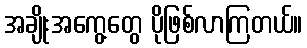
အချိုးအကွေ့တွေ ပိုဖြစ်လာကြတယ်။